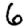
Digit: 6